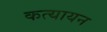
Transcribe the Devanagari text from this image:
कत्यायन